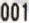
001